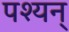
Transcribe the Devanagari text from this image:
पश्यन्‌